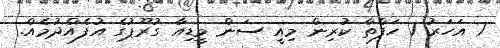
1 އަހަރު 1 ހަފްތާ ކުރިން މިއީ ސަން މީޑިއާ ގުރޫޕުގެ އުފެއްދުމެއް.